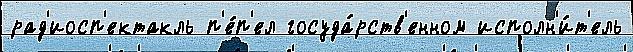
рад'иосп'ектакль п'е́п'ел госуда́рств'енном исполн'и́т'ель